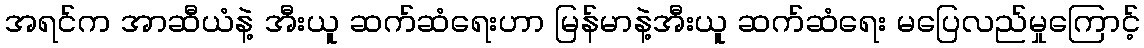
အရင်က အာဆီယံနဲ့ အီးယူ ဆက်ဆံရေးဟာ မြန်မာနဲ့အီးယူ ဆက်ဆံရေး မပြေလည်မှုကြောင့်